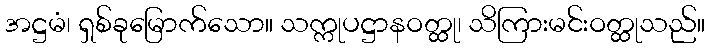
အဋ္ဌမံ၊ ရှစ်ခုမြောက်သော။ သက္ကုပဋ္ဌာနဝတ္ထု၊ သိကြားမင်းဝတ္ထုသည်။